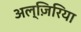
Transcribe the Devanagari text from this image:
अल्ज़िरिया